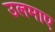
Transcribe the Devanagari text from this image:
उलमाए